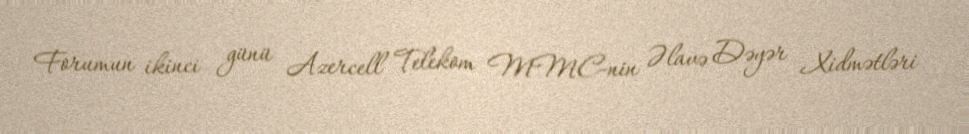
Forumun ikinci günü Azercell Telekom MMC-nin Əlavə Dəyər Xidmətləri